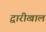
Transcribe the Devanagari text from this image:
द्वारीखाल